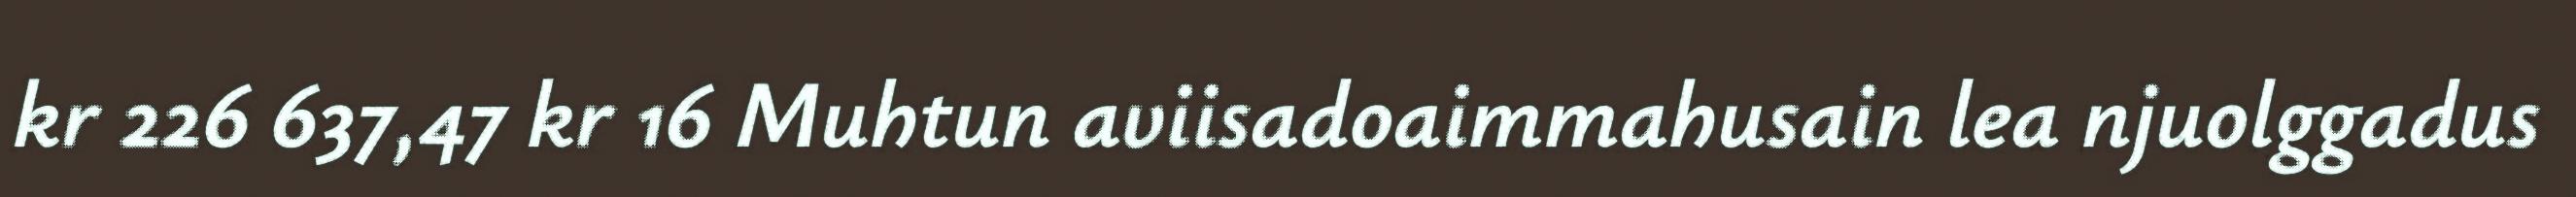
kr 226 637,47 kr 16 Muhtun aviisadoaimmahusain lea njuolggadus